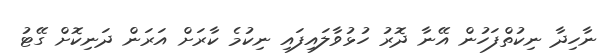
ނާހިދާ ނިކުތްފަހުން އޭނާ ދޮރު ހުޅުވާލައިފައި ނިކުމެ ކާރަށް އަރަން ދަނިކޮށް ގޭޓު